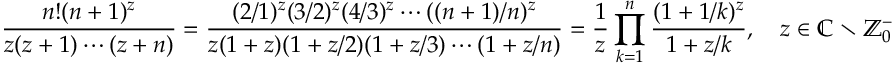
{ \frac { n ! ( n + 1 ) ^ { z } } { z ( z + 1 ) \cdots ( z + n ) } } = { \frac { ( 2 / 1 ) ^ { z } ( 3 / 2 ) ^ { z } ( 4 / 3 ) ^ { z } \cdots ( ( n + 1 ) / n ) ^ { z } } { z ( 1 + z ) ( 1 + z / 2 ) ( 1 + z / 3 ) \cdots ( 1 + z / n ) } } = { \frac { 1 } { z } } \prod _ { k = 1 } ^ { n } { \frac { ( 1 + 1 / k ) ^ { z } } { 1 + z / k } } , \quad z \in \mathbb { C } \setminus \mathbb { Z } _ { 0 } ^ { - }